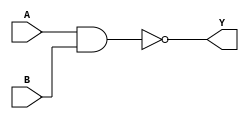
`timescale 1ns/10ps
module nand_gate(
               A,
               B,
               Y
                );
input[3:0]         A;
input[3:0]          B;
output[3:0]         Y;
 
assign          Y=~(A&B); //assign
                          //Verilog
 
endmodule